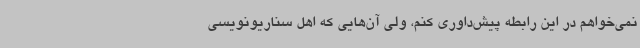
نمی‌خواهم در این رابطه پیش‌داوری کنم، ولی آن‌هایی که اهل سناریونویسی